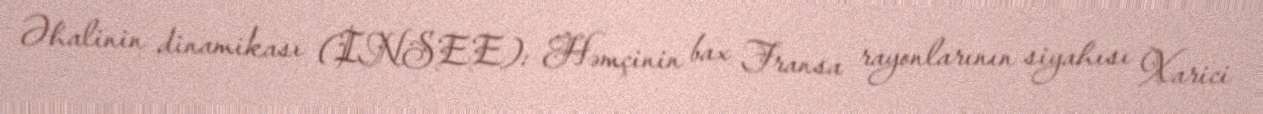
Əhalinin dinamikası (INSEE): Həmçinin bax Fransa rayonlarının siyahısı Xarici